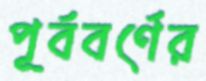
পূর্ববর্ণের